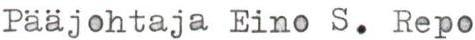
Pääjohtaja Eino S. Repo